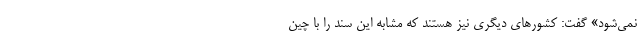
نمی‌شود» گفت: کشور‌های دیگری نیز هستند که مشابه این سند را با چین